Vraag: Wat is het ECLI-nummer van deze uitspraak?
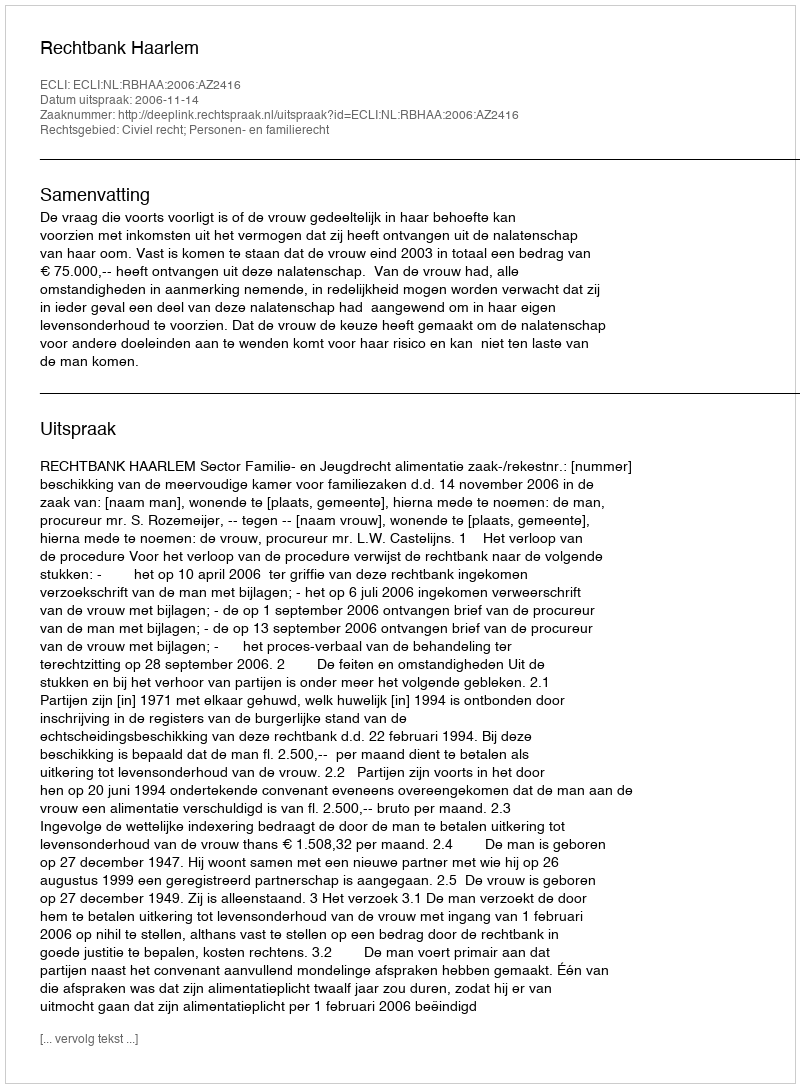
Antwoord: ECLI:NL:RBHAA:2006:AZ2416